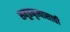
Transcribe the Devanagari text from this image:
समूहनृत्यासाठी